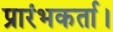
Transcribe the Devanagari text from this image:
प्रारंभकर्ता।